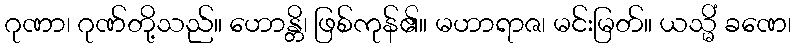
ဂုဏာ၊ ဂုဏ်တို့သည်။ ဟောန္တိ၊ ဖြစ်ကုန်၏။ မဟာရာဇ၊ မင်းမြတ်။ ယသ္မိံ ခဏေ၊